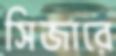
সিজারে